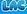
LAC